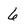
Character: 6